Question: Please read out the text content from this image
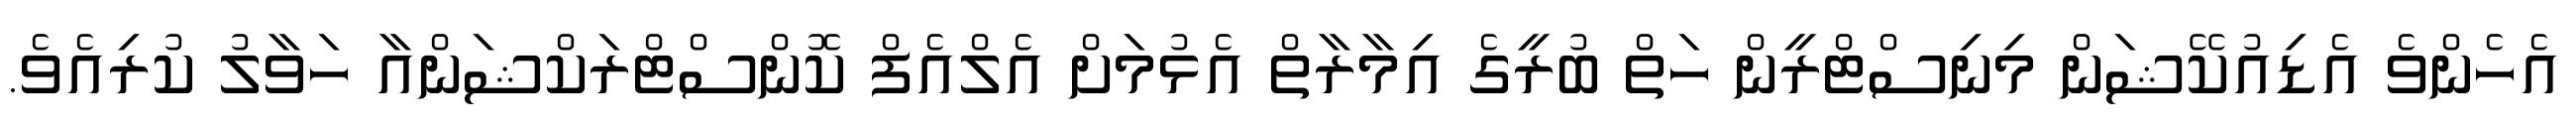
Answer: އެހެންވެ އެޑިއުކޭޝަން މިނިސްޓްރީން ހަތް ބުރީގެ އިމާރާތް އެޅުމަށް އެލްއެފް ކޮންސްޓްރަކްޝަންއާ ހަވާލު ކުރިއެވެ.